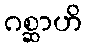
ဂစ္ဆာဟိ